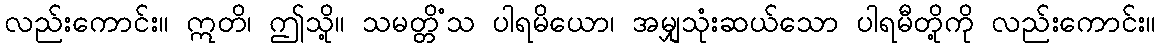
လည်းကောင်း။ ဣတိ၊ ဤသို့။ သမတ္တိံသ ပါရမိယော၊ အမျှသုံးဆယ်သော ပါရမီတို့ကို လည်းကောင်း။